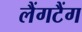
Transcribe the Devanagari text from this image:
लैंगटैंग